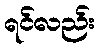
ရင်လည်း